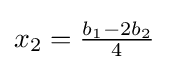
x_{2}={\tfrac {b_{1}-2b_{2}}{4}}